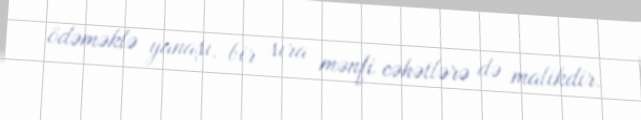
ödəməklə yanaşı, bir sıra mənfi cəhətlərə də malikdir.